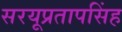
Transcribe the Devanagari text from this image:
सरयूप्रतापसिंह